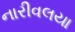
નારીવલયા